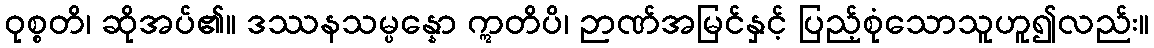
ဝုစ္စတိ၊ ဆိုအပ်၏။ ဒဿနသမ္ပန္နော ဣတိပိ၊ ဉာဏ်အမြင်နှင့် ပြည့်စုံသောသူဟူ၍လည်း။